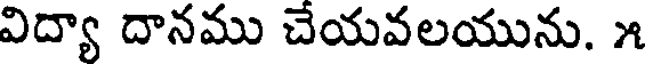
విద్యా దానము చేయవలయును. ౫